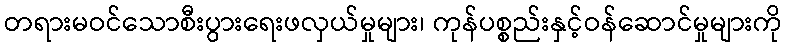
တရားမဝင်သောစီးပွားရေးဖလှယ်မှုများ၊ ကုန်ပစ္စည်းနှင့်ဝန်ဆောင်မှုများကို